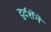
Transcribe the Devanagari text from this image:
दुर्दर्शेने